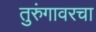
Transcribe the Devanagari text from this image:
तुरुंगावरचा